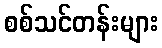
စစ်သင်တန်းများ